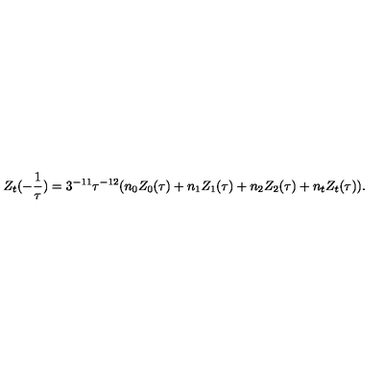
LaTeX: Z _ { t } ( - \frac { 1 } { \tau } ) = 3 ^ { - 1 1 } \tau ^ { - 1 2 } ( n _ { 0 } Z _ { 0 } ( \tau ) + n _ { 1 } Z _ { 1 } ( \tau ) + n _ { 2 } Z _ { 2 } ( \tau ) + n _ { t } Z _ { t } ( \tau ) ) .